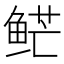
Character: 𱇮